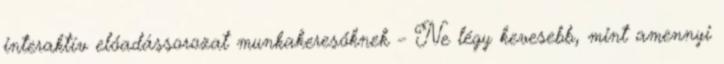
interaktív előadássorozat munkakeresőknek – Ne légy kevesebb, mint amennyi